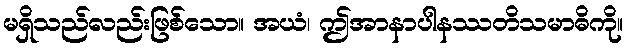
မရှိသည်လည်းဖြစ်သော။ အယံ၊ ဤအာနာပါနဿတိသမာဓိကို။